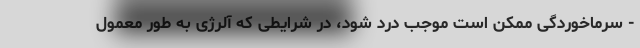
- سرماخوردگی ممکن است موجب درد شود، در شرایطی که آلرژی به طور معمول